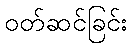
ဝတ်ဆင်ခြင်း